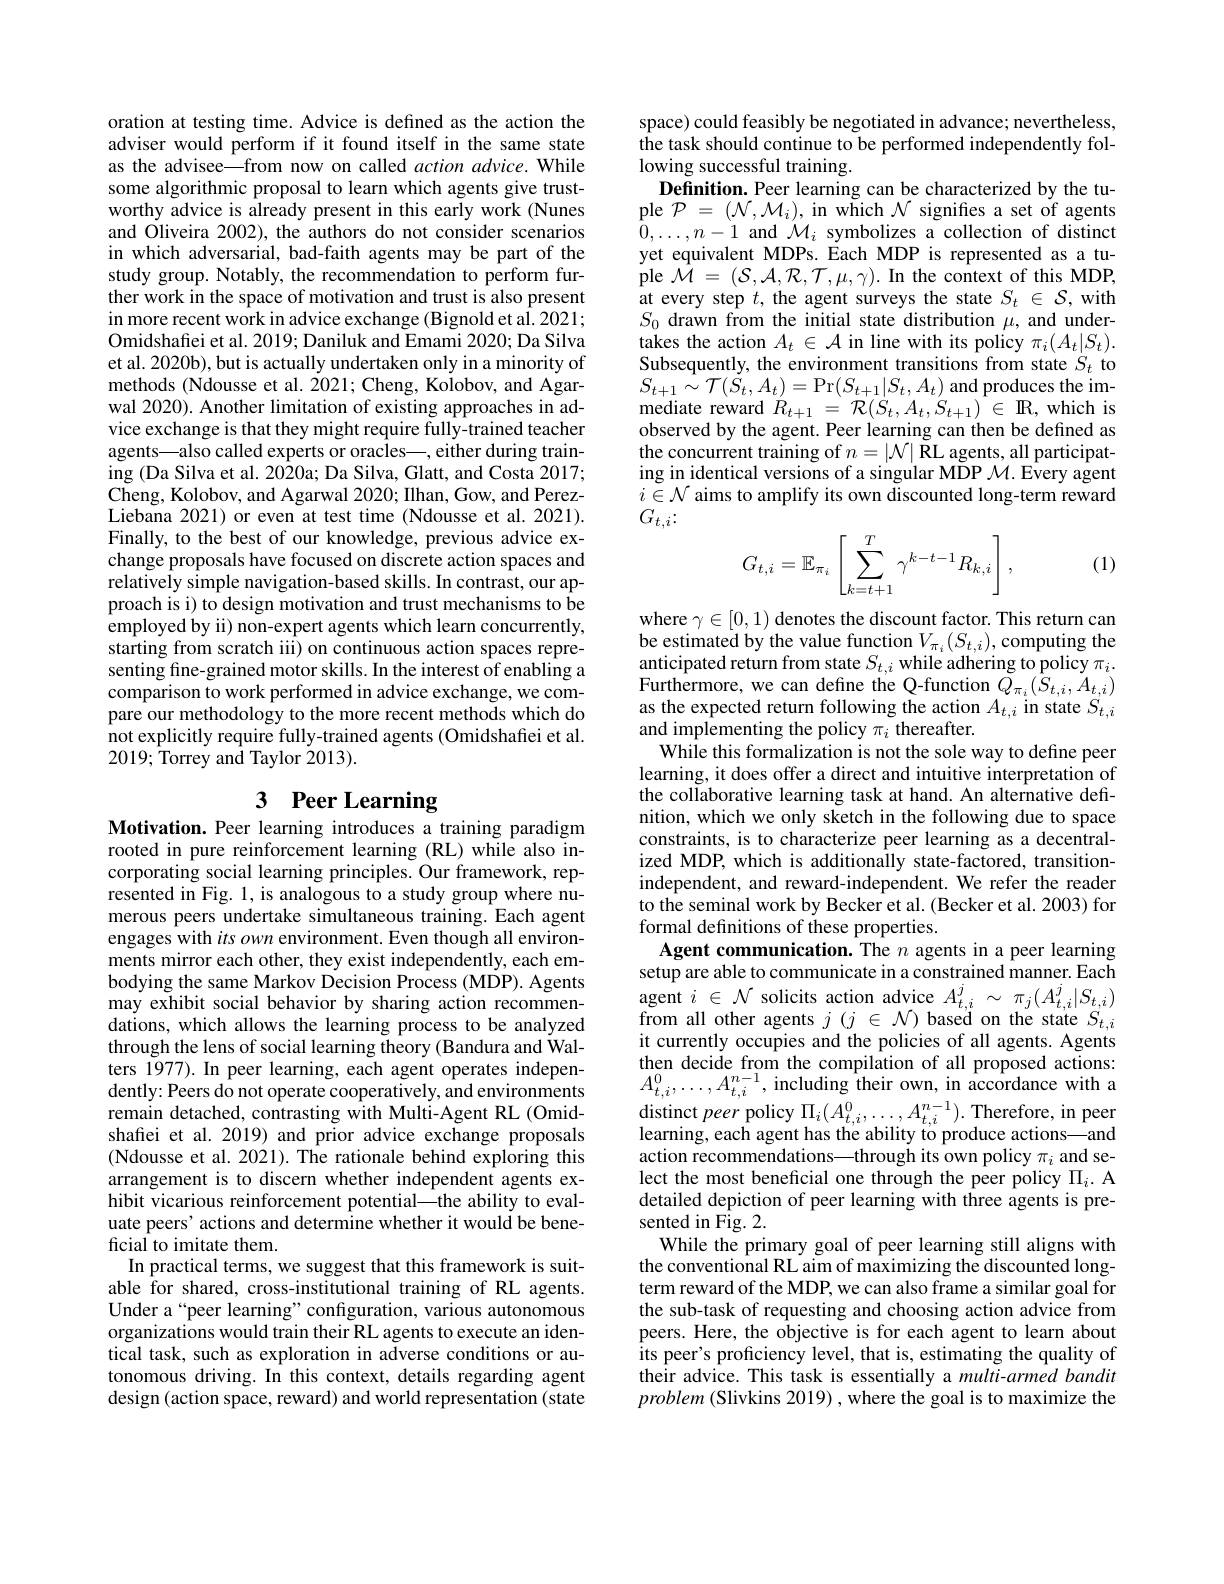
oration at testing time. Advice is defined as the action the adviser would perform if it found itself in the same state as the advisee—from now on called action advice. While some algorithmic proposal to learn which agents give trustworthy advice is already present in this early work (Nunes and Oliveira 2002), the authors do not consider scenarios in which adversarial, bad-faith agents may be part of the study group. Notably, the recommendation to perform further work in the space of motivation and trust is also present in more recent work in advice exchange (Bignold et al. 2021; Omidshafiei et al. 2019; Daniluk and Emami 2020; Da Silva et al. 2020b), but is actually undertaken only in a minority of methods (Ndousse et al. 2021; Cheng, Kolobov, and Agarwal 2020). Another limitation of existing approaches in advice exchange is that they might require fully-trained teacher agents—also called experts or oracles—, either during training (Da Silva et al. 2020a; Da Silva, Glatt, and Costa 2017; Cheng, Kolobov, and Agarwal 2020; Ilhan, Gow, and PerezLiebana 2021) or even at test time (Ndousse et al. 2021). Finally, to the best of our knowledge, previous advice exchange proposals have focused on discrete action spaces and relatively simple navigation-based skills. In contrast, our approach is i) to design motivation and trust mechanisms to be employed by ii) non-expert agents which learn concurrently, starting from scratch iii) on continuous action spaces representing fine-grained motor skills. In the interest of enabling a comparison to work performed in advice exchange, we compare our methodology to the more recent methods which do not explicitly require fully-trained agents (Omidshafiei et al. 2019; Torrey and Taylor 2013).

# 3 Peer Learning

Motivation. Peer learning introduces a training paradigm rooted in pure reinforcement learning (RL) while also incorporating social learning principles. Our framework, represented in Fig. 1, is analogous to a study group where numerous peers undertake simultaneous training. Each agent engages with itsown environment. Even though all environments mirror each other, they exist independently, each embodying the same Markov Decision Process (MDP). Agents may exhibit social behavior by sharing action recommendations, which allows the learning process to be analyzed through the lens of social learning theory (Bandura and Walters 1977). In peer learning, each agent operates independently: Peers do not operate cooperatively, and environments remain detached, contrasting with Multi-Agent RL (Omidshafiei et al. 2019) and prior advice exchange proposals (Ndousse et al. 2021). The rationale behind exploring this arrangement is to discern whether independent agents exhibit vicarious reinforcement potential\_the ability to evaluate peers' actions and determine whether it would be beneficial to imitate them.
In practical terms, we suggest that this framework is suitable for shared, cross-institutional training of RL agents. Under a“peer learning”configuration, various autonomous organizations would train their RL agents to execute an identical task, such as exploration in adverse conditions or autonomous driving. In this context, details regarding agent design (action space, reward) and world representation (state

space) could feasibly be negotiated in advance; nevertheless, the task should continue to be performed independently following successful training.
Definition. Peer learning can be characterized by the tuple $\mathcal{P}=(\mathcal{N},\mathcal{M}_{i})$, in which $\mathcal{N}$ signifies a set of agents $0,\ldots,n-1$ and $\mathcal{M}_i$ symbolizes a collection of distinct yet equivalent MDPs. Each MDP is represented as a tu- ${\mathrm{ple~}}{\hat{\mathcal{M}}}=({\mathcal{S}},{\mathcal{A}},{\mathcal{R}},{\mathcal{T}},\mu,\gamma).{\mathrm{~In~the~context~of~this~MDP}}$, at every step $t$, the agent surveys the state $S_t\in\mathcal{S}$,with $S_{0}$ drawn from the initial state distribution $\mu$, and undertakes the action $A_t\in\mathcal{A}$ in line with its policy $\pi_i(A_t|S_t).$ Subsequently, the environment transitions from state $S_{t}$ to $S_{t+1}\sim\mathcal{T}(\dot{S}_{t},A_{t})=$Pr$(S_{t+1}|S_{t},A_{t})$ and produces the im- $\begin{array}{l}{\mathrm{mediate~reward~}}R_{t+1}&=\:\mathcal{R}(\dot{S}_{t},A_{t},\dot{S}_{t+1})\:\in\:\mathbb{R},\:\mathrm{which~is}\\{\mathrm{observed~by~the~agent.~Peer~learning~can~then~be~defined~as}}\end{array}$ the concurrent training of $n=\left|\mathcal{N}\right|$RL agents, all participating in identical versions of a singular MDP $\mathcal{M}.$ Every agent $i\in\mathcal{N}$ aims to amplify its own discounted long-term reward $G_{t,i}\colon$
$$G_{t,i}=\mathbb{E}_{\pi_i}\left[\sum_{k=t+1}^T\gamma^{k-t-1}R_{k,i}\right],$$
(1)

where $\gamma\in[0,1)$ denotes the discount factor. This return can be estimated by the value function $V_{\pi_{i}}(S_{t,i})$, computing the anticipated return from state $S_{t,i}$ while adhering to policy $\pi_i.$ Furthermore, we can define the Q-function $Q_{\pi_{i}}(S_{t,i},A_{t,i})$ as the expected return following the action $A_{t,i}$ in state $S_{t,i}$ and implementing the policy $\pi_i$ thereafter
While this formalization is not the sole way to define peer learning, it does offer a direct and intuitive interpretation of the collaborative learning task at hand. An alternative definition, which we only sketch in the following due to space constraints, is to characterize peer learning as a decentralized MDP, which is additionally state-factored, transitionindependent, and reward-independent. We refer the reader to the seminal work by Becker et al. (Becker et al. 2003) for formal definitions of these properties
Agent communication. The $n$ agents in a peer learning setup are able to communicate in a constrained manner. Each agent $i\in\mathcal{N}$ solicits action advice $A_t,i^j\sim\pi_j(A_{t,i}^j|S_{t,i})$ from all other agents $j(j\in\mathcal{N})$ based on the state $S_{t,i}$ it currently occupies and the policies of all agents. Agents $\begin{array}{l}\text{then decide from the compilation of all proposed actions:}\\A_{t,i}^{0},\ldots,A_{t,i}^{n-1},\text{including their own, in accordance with a}\end{array}$ $\operatorname*{distinct}peer$ policy $\Pi_i(A_{t,i}^{0},\ldots,A_{t,i}^{n-1}).$ Therefore, in peer learning, each agent has the ability to produce actions—and action recommendations—through its own policy $\pi_i$ and se- $\begin{array}{ll}\text{lect the most beneficial one through the peer policy }\Pi_i.\mathrm{A}\\\text{detailed depiction of peer learning with three agents is pre-}\end{array}$ sented in Fig. 2.
While the primary goal of peer learning still aligns with the conventional RL aim of maximizing the discounted longterm reward of the MDP, we can also frame a similar goal for the sub-task of requesting and choosing action advice from peers. Here, the objective is for each agent to learn about its peer's proficiency level, that is, estimating the quality of their advice. This task is essentially a multi-armed bandit problem (Slivkins 2019) , where the goal is to maximize the